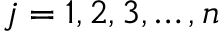
j = 1 , 2 , 3 , \ldots , n